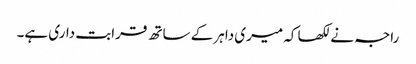
راجہ نے لکھا کہ میری داہر کے ساتھ قرابت داری ہے۔